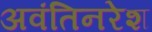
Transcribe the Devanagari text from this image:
अवंतिनरेश